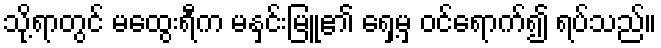
သို့ရာတွင် မထွေးရီက မနှင်းမြူ၏ ရှေ့မှ ဝင်ရောက်၍ ရပ်သည်။